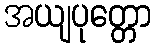
အယျပုတ္တော